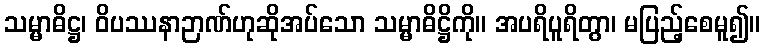
သမ္မာဓိဋ္ဌ၊ ဝိပဿနာဉာဏ်ဟုဆိုအပ်သော သမ္မာဓိဋ္ဌိကို။ အပရိပူရိတွာ၊ မပြည့်စေမူ၍။